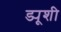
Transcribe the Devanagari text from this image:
ड्यूशी